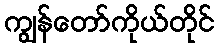
ကျွန်တော်ကိုယ်တိုင်